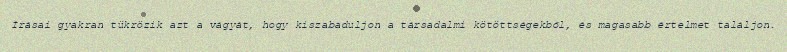
Írásai gyakran tükrözik azt a vágyát, hogy kiszabaduljon a társadalmi kötöttségekből, és magasabb értelmet találjon.